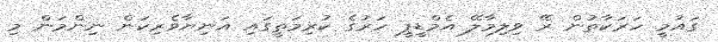
ގައުމީ ހަރަކާތުން ރޭ ވިލިމާލޭ އެމްޑީޕީ ހަރުގެ ކުރިމަތީގައި އަނިޔާވެރިކަން ނިންމަން މި